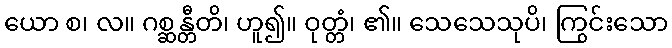
ယော စ၊ လ။ ဂစ္ဆန္တီတိ၊ ဟူ၍။ ဝုတ္တံ၊ ၏။ သေသေသုပိ၊ ကြွင်းသော